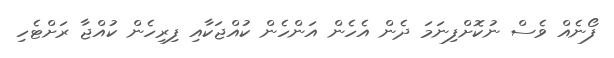
ފޯނެއް ވެސް ނުކޮށްފިނަމަ ދެން އެހެން އަންހެން ކުއްޖަކާއި ފިރިހެން ކުއްޖާ ރަށްޓެހި